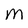
Character: m